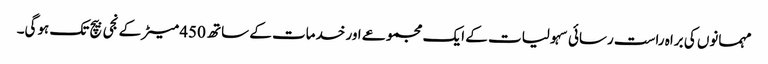
مہمانوں کی براہ راست رسائی سہولیات کے ایک مجموعے اور خدمات کے ساتھ 450 میٹر کے نجی بیچ تک ہوگی۔